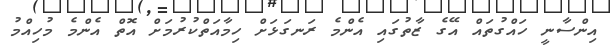
އިންސާނީ ހައްގުތައް އޭގެ ޒާތުގައި އެންމެ ރަނގަޅަށް ހިމާއަތްކުރުމަށް އޮތް އެންމެ މުހިއްމު